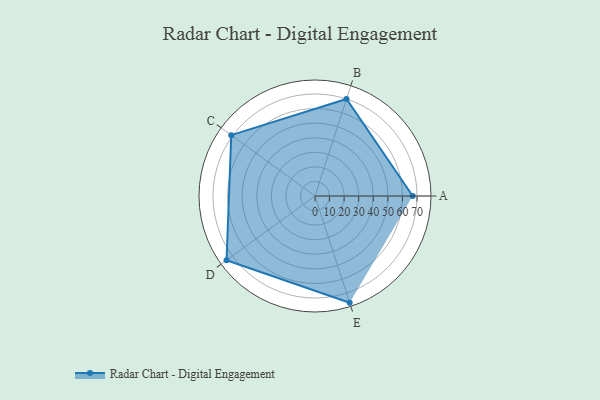
{"axis": {"x": "Skill", "y": "Score"}, "legend": ["Profile"], "data": [{"x": "A", "y": 67.0, "type": "Profile"}, {"x": "B", "y": 70.0, "type": "Profile"}, {"x": "C", "y": 71.0, "type": "Profile"}, {"x": "D", "y": 75.0, "type": "Profile"}, {"x": "E", "y": 77.0, "type": "Profile"}]}